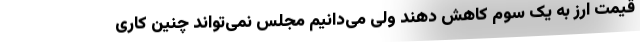
قیمت ارز به یک سوم کاهش دهند ولی می‌دانیم مجلس نمی‌تواند چنین کاری